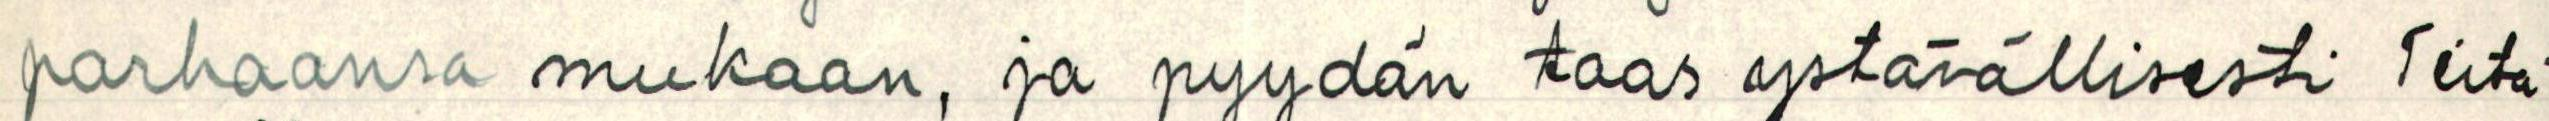
parhaansa mukaan, ja pyydän taas ystävällisesti Teitä